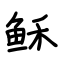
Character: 稣